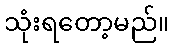
သုံးရတော့မည်။